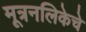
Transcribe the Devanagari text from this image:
मूत्रनलिकेचे